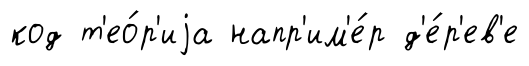
код т'ео́р'иjа напр'им'е́р д'е́р'ев'е